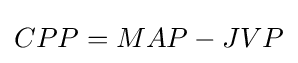
CPP=MAP-JVP